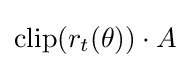
\operatorname {clip} (r_{t}(\theta ))\cdot A